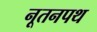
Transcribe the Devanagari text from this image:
नूतनपथ